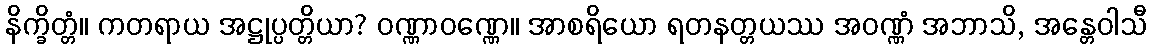
နိက္ခိတ္တံ။ ကတရာယ အဋ္ဌုပ္ပတ္တိယာ? ဝဏ္ဏာဝဏ္ဏေ။ အာစရိယော ရတနတ္တယဿ အဝဏ္ဏံ အဘာသိ, အန္တေဝါသီ